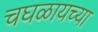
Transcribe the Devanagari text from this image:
चघळायच्या